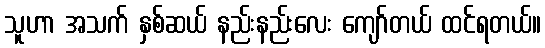
သူဟာ အသက် နှစ်ဆယ် နည်းနည်းလေး ကျော်တယ် ထင်ရတယ်။